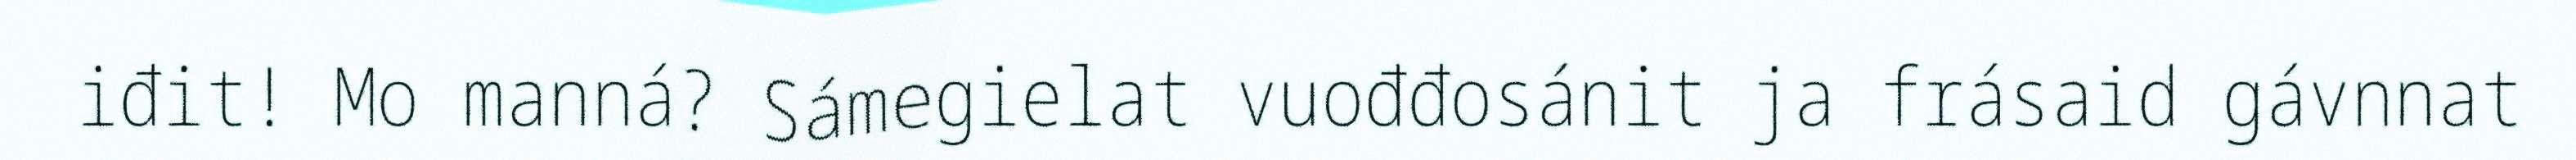
iđit! Mo manná? Sámegielat vuođđosánit ja frásaid gávnnat